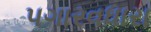
પગારવધારા